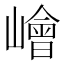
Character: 𡼾